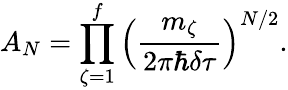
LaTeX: A_{N}=\prod_{\zeta=1}^{f}\left(\frac{m_{\zeta}}{2\pi\hbar\delta\tau}\right)^{N/2}.